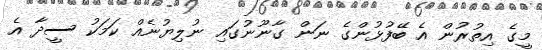
މީގެ އިތުރުން އެ ބޭފުޅުންގެ ނަން ގާނޫނުގައި ނުލިޔުނެއް ކަމަކު ސީދާ އެ